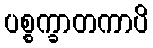
ပစ္စက္ခာတကာပိ